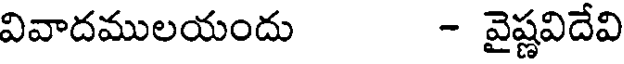
వివాదములయందు - వైష్ణవిదేవి